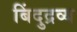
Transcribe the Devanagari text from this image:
बिंदुद्रव्य